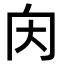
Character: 𡗠